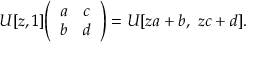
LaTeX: U [ z , 1 ] { \left( \begin{array} { l l } { a } & { c } \\ { b } & { d } \end{array} \right) } = U [ z a + b , \ z c + d ] .